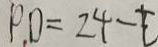
P D = 2 4 - t